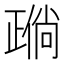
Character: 𬆈